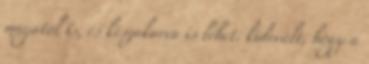
magától is, és készakarva is lehet. kiderült, hogy a